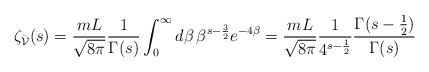
\begin{align*}\zeta_{\bar{\cal V}}(s) = \frac{m L}{\sqrt{8 \pi}}\frac{1}{\Gamma(s)} \int_0^\infty d\beta \, \beta^{s-\frac{3}{2}}e^{-4 \beta}=\frac{m L}{\sqrt{8 \pi}} \frac{1}{4^{s-\frac{1}{2}}}\frac{\Gamma(s-\frac{1}{2})}{\Gamma(s)} \end{align*}